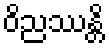
ဝိညဿန္တိ